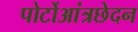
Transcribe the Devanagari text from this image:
पोर्टोआंत्रछेदन